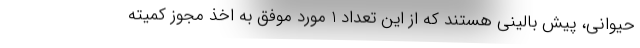
حیوانی، پیش بالینی هستند که از این تعداد 1 مورد موفق به اخذ مجوز کمیته